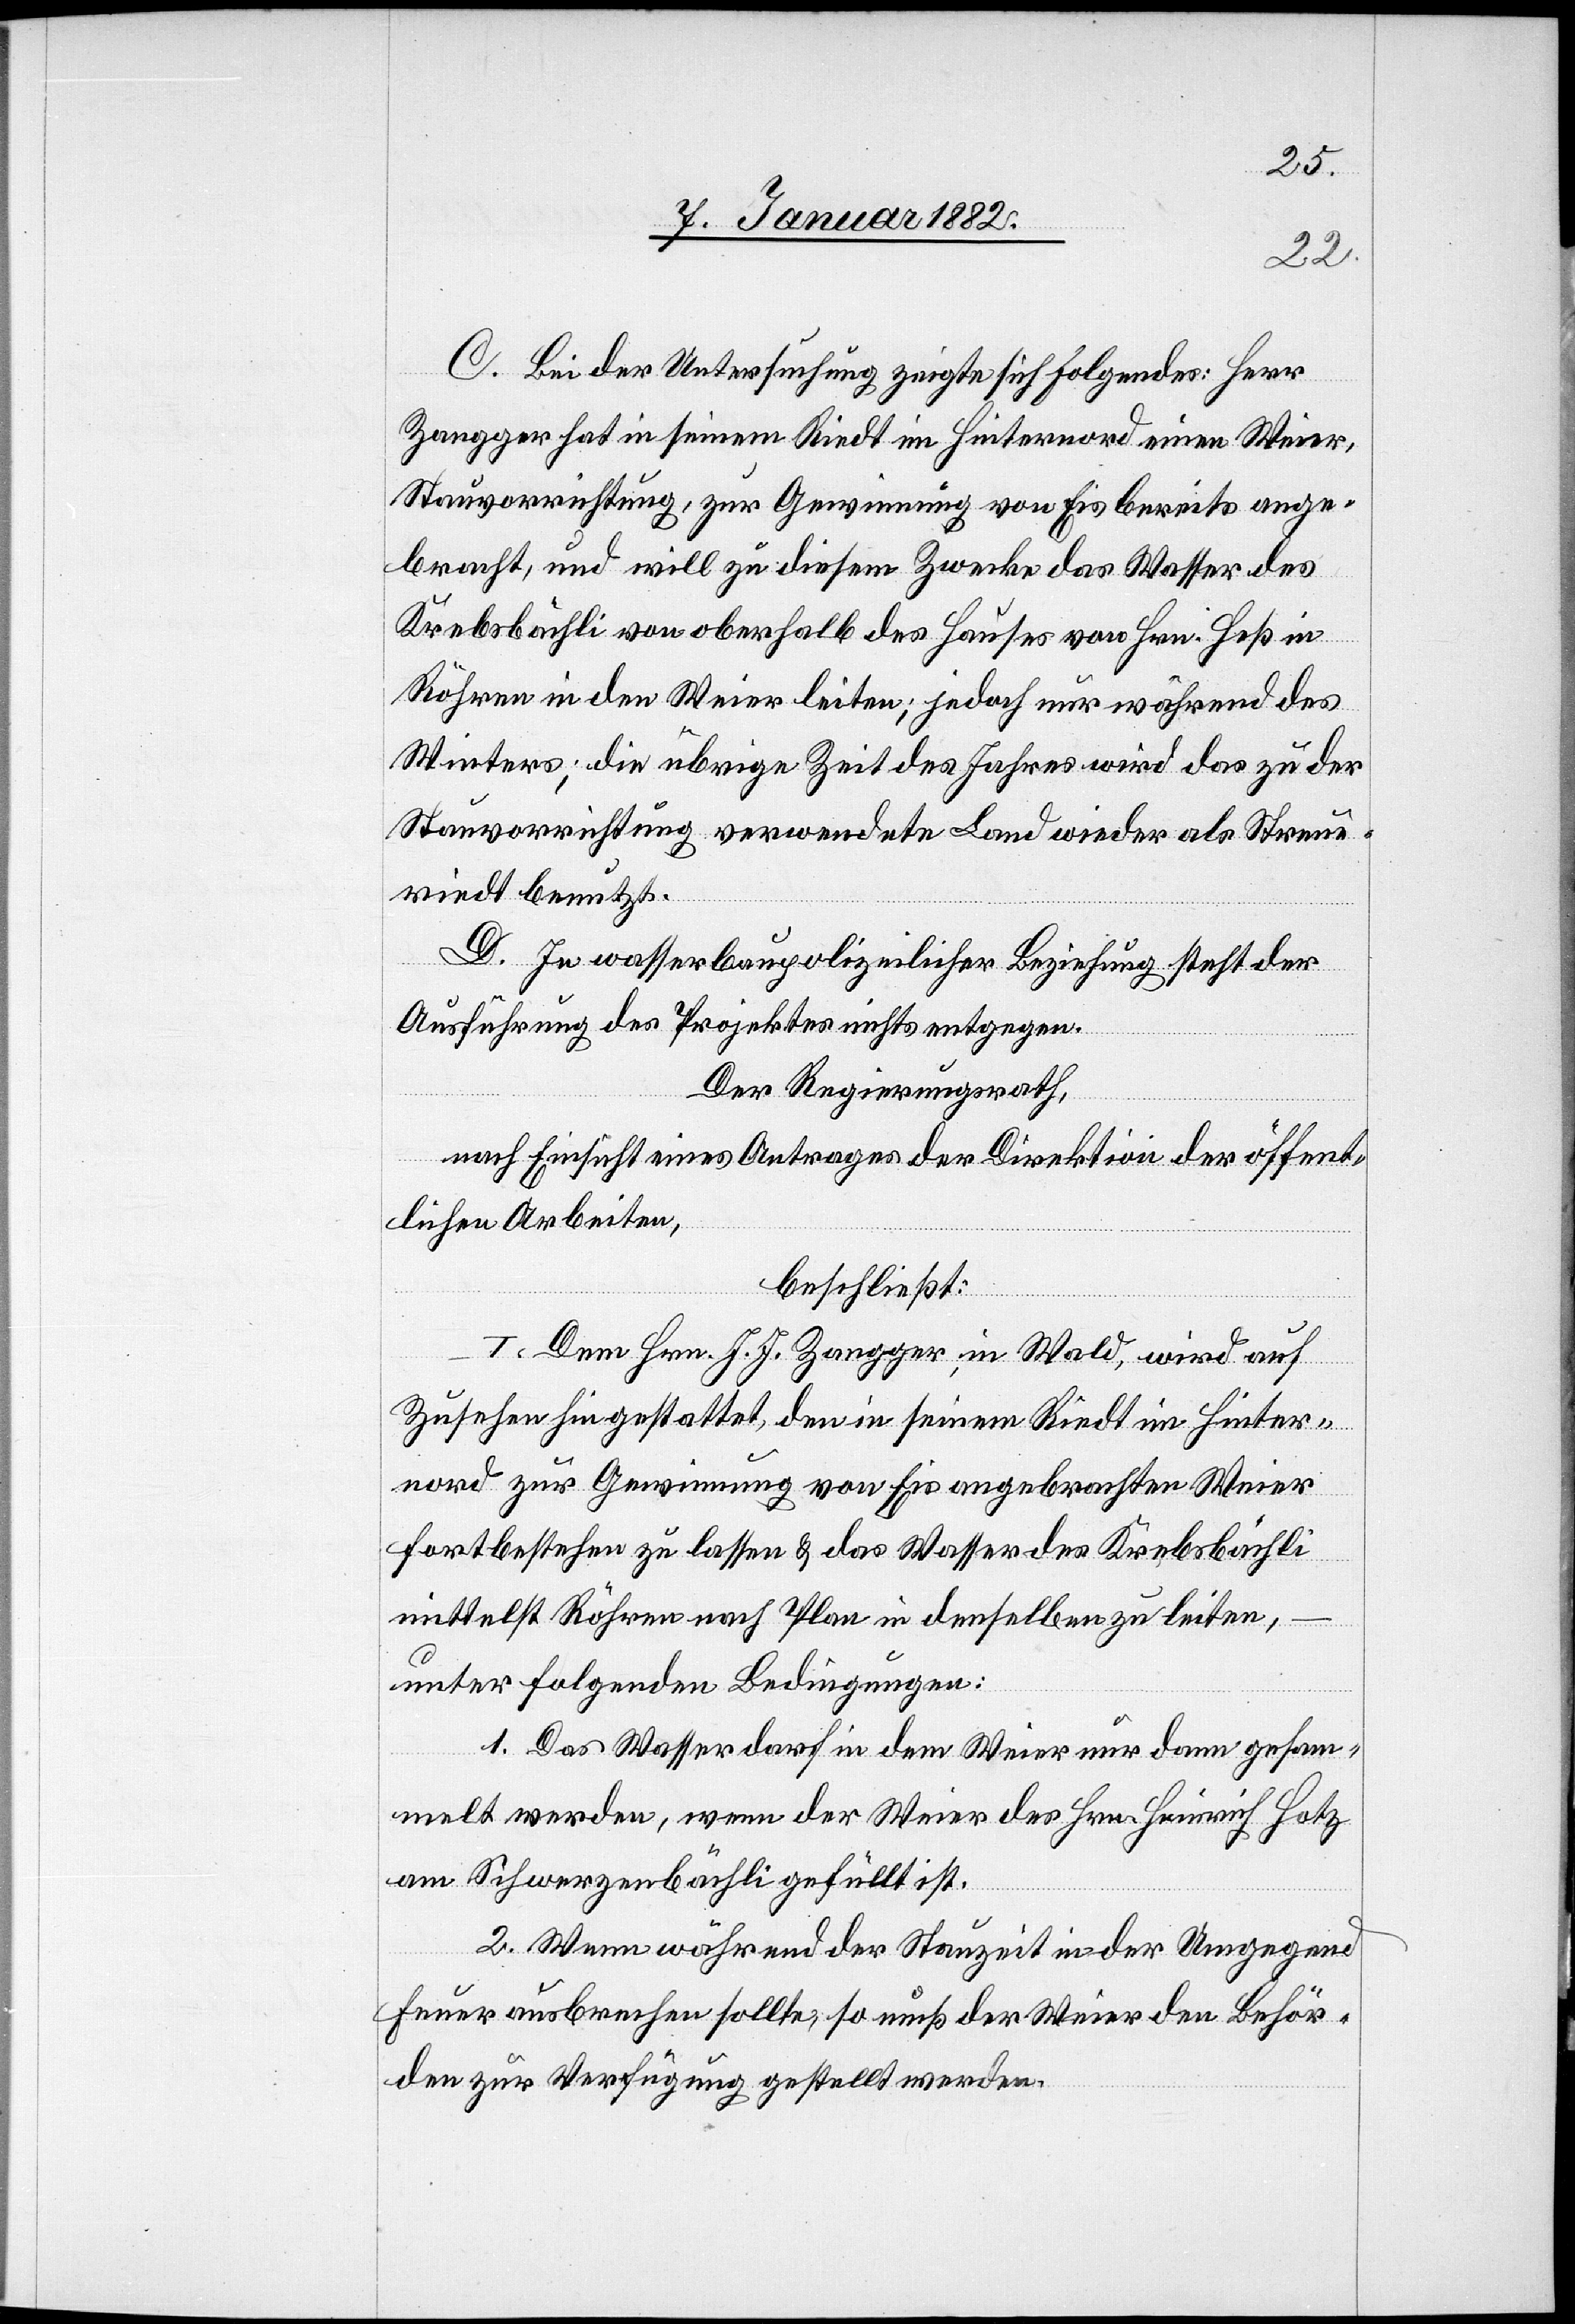
C. Bei der Untersuchung zeigte sich Folgendes: Herr
Zangger hat in seinem Riedt im Hinternord einen Weier,
Stauvorrichtung, zur Gewinnung von Eis bereits ange¬
bracht, und will zu diesem Zwecke das Wasser des
Krebsbächli von oberhalb des Hauses von Hrn. Heß in
Röhren in den Weier leiten; jedoch nur während des
Winters; die übrigen Zeit des Jahres wird das zu der
Stauvorrichtung verwendete Land wieder als Streue¬
riedt benutzt.
D. In wasserbaupolizeilicher Beziehung steht der
Ausführung des Projektes nichts entgegen.
Der Regierungsrath,
nach Einsicht eines Antrages der Direktion der öffent¬
lichen Arbeiten,
beschließt:
I. Dem Hrn. J. J. Zangger in Wald, wird auf
Zusehen hin gestattet, den in seinem Riedt im Hinter¬
nord zur Gewinnung von Eis angebrachten Weier
fortbestehen zu lassen & das Wasser des Krebsbächli
mittelst Röhren nach Plan in denselben zu leiten,
unter folgenden Bedingungen:
1. Das Wasser darf in dem Weier nur dann gesam¬
melt werden, wenn der Weier des Hrn. Heinrich Hotz
am Schwerzenbächli gefüllt ist.
2. Wenn während der Stauzeit in der Umgegend
Feuer ausbrechen sollte; so muß der Weier den Behör¬
den zur Verfügung gestellt werden.